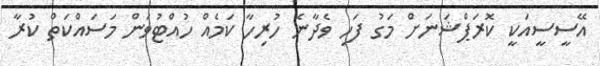
އޭސީސީއަކީ ކޮރަޕްޝަނަށް މަގު ފަހި ވެދާނެ ހުރިހާ ކަމެއް ހުއްޓުވަން މަސައްކަތް ކުރާ